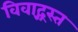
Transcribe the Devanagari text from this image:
विवाद्ग्रस्त